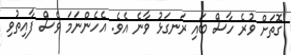
ގޮތަށް ވުރެ ހާސް ބައި ރަނގަޅު ވާނެ އެވެ. އެހެންނަމަ ވެސް ފާއިތުވި